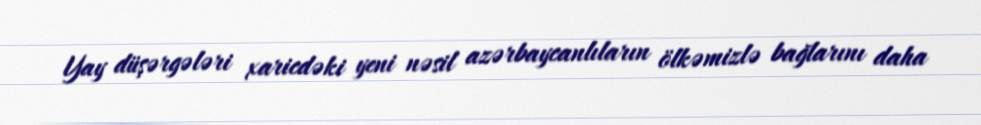
Yay düşərgələri xaricdəki yeni nəsil azərbaycanlıların ölkəmizlə bağlarını daha